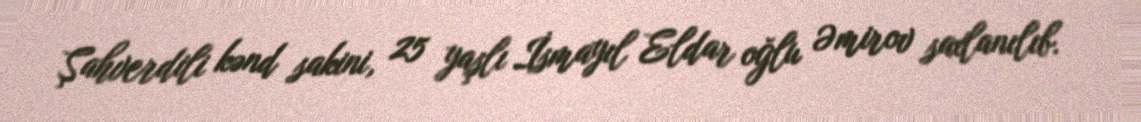
Şahverdili kənd sakini, 25 yaşlı İsmayıl Eldar oğlu Əmirov saxlanılıb.